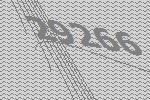
29266